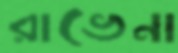
রাভেনা